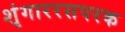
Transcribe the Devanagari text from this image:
शृंगाररसपरक